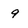
Character: 9